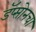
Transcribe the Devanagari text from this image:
डॅप्सोनचा